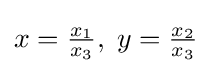
x={\tfrac {x_{1}}{x_{3}}},\;y={\tfrac {x_{2}}{x_{3}}}